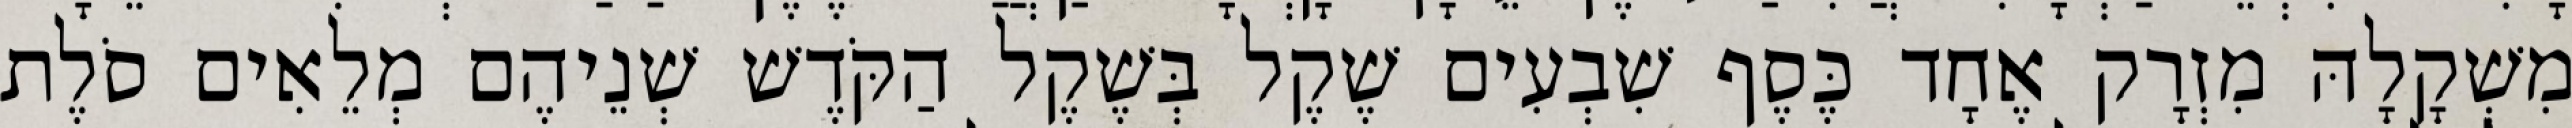
מִשְׁקָלָהּ מִזְרָק אֶחָד כֶּסֶף שִׁבְעִים שֶׁקֶל בְּשֶׁקֶל הַקֹּדֶשׁ שְׁנֵיהֶם מְלֵאִים סֹלֶת